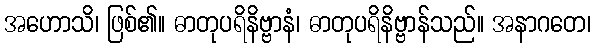
အဟောသိ၊ ဖြစ်၏။ ဓာတုပရိနိဗ္ဗာနံ၊ ဓာတုပရိနိဗ္ဗာန်သည်။ အနာဂတေ၊